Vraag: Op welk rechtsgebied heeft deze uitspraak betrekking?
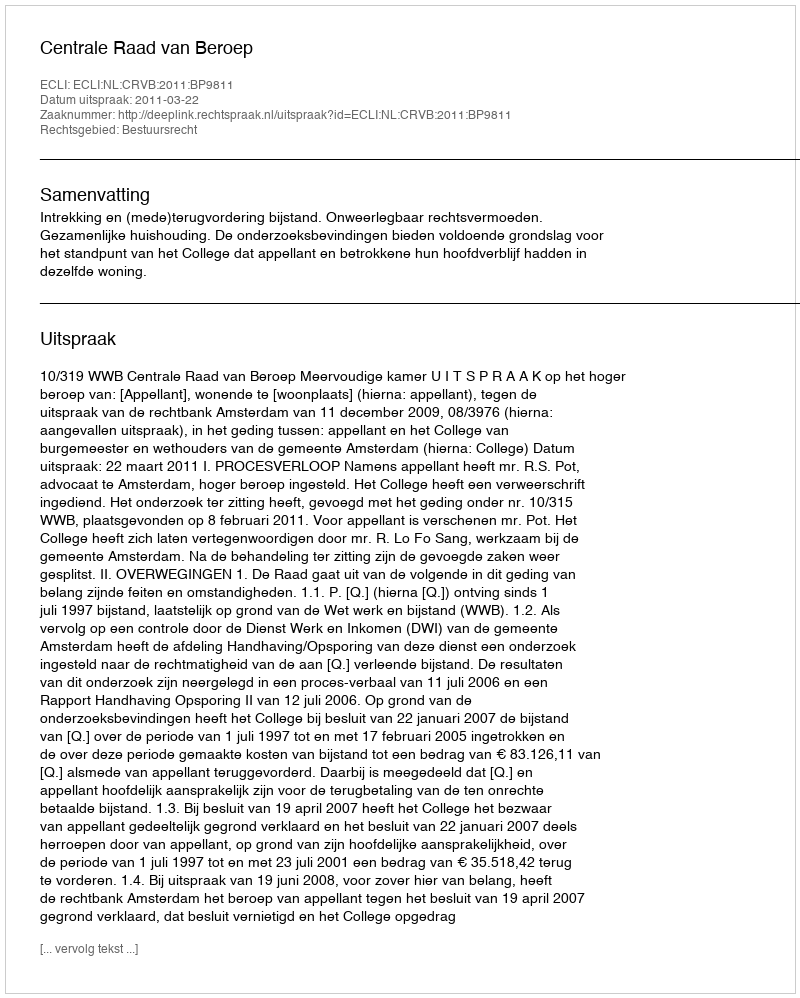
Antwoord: Bestuursrecht